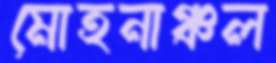
মোহনাঞ্চল